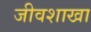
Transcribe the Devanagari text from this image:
जीवशाखा